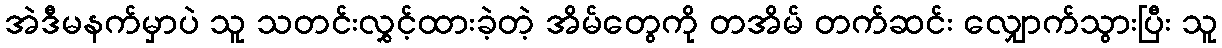
အဲဒီမနက်မှာပဲ သူ သတင်းလွှင့်ထားခဲ့တဲ့ အိမ်တွေကို တအိမ် တက်ဆင်း လျှောက်သွားပြီး သူ